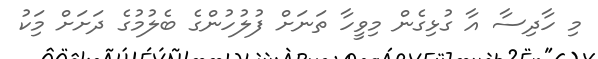
މި ހާދިސާ އާ ގުޅިގެން މިވީހާ ތަނަށް ފުލުހުންގެ ބެލުމުގެ ދަށަށް މިިަކު